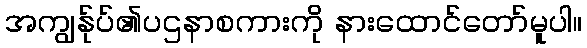
အကျွန်ုပ်၏ပဌနာစကားကို နားထောင်တော်မူပါ။